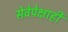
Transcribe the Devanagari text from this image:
सेवेपेक्षाही